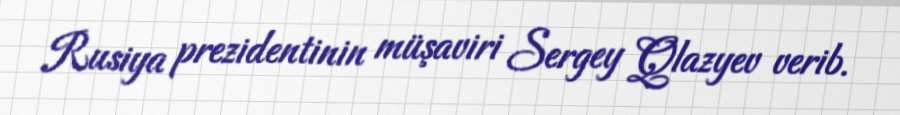
Rusiya prezidentinin müşaviri Sergey Qlazyev verib.